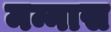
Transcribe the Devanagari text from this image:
मन्नास